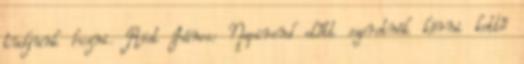
tudjunk hozni. Röst János: Napirend előtt szeretnék kérni kettő